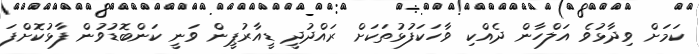
ކަމަށް ވިދާޅުވެ އަލްހާން ދެއްކި ވާހަކަފުޅުތަކަށް ރައްދުދީ ޑީއާރުޕީން ވަނީ ކަންބޮޑުވުން ފާޅުކޮށްފަ